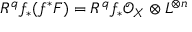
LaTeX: R ^ { q } f _ { * } ( f ^ { * } F ) = R ^ { q } f _ { * } { \mathcal { O } } _ { X } \otimes L ^ { \otimes n }